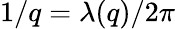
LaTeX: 1/q=\lambda(q)/2\pi